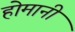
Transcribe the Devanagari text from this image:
होमानी